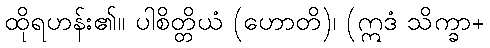
ထိုရဟန်း၏။ ပါစိတ္တိယံ (ဟောတိ)၊ (ဣဒံ သိက္ခာ+